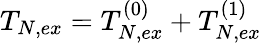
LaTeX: T_{N,ex}=T_{N,ex}^{(0)}+T_{N,ex}^{(1)}